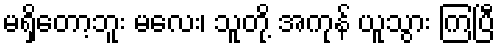
မရှိတော့ဘူး မလေး၊ သူတို့ အကုန် ယူသွား ကြပြီ